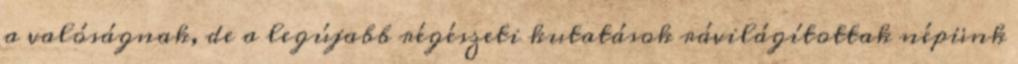
a valóságnak, de a legújabb régészeti kutatások rávilágítottak népünk